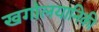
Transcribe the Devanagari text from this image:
खगोलयानिकी